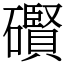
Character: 礥